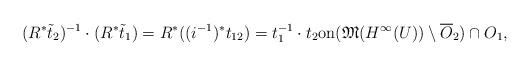
LaTeX: \begin{align*}(R^*\tilde t_2)^{-1}\cdot (R^*\tilde t_1)=R^*((i^{-1})^*t_{12})=t_1^{-1}\cdot t_2{\rm on}(\mathfrak M(H^\infty(U))\setminus \overline{O}_2)\cap O_1,\end{align*}